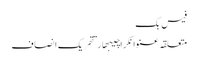
فیس بک
متعلقہ عنوانکراچیبھارتتحریک انصاف